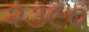
૨૩૯૦